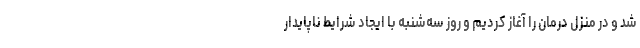
شد و در منزل درمان را آغاز کردیم و روز سه‌شنبه با ایجاد شرایط ناپایدار